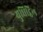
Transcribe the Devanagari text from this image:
युधिट्ठिल